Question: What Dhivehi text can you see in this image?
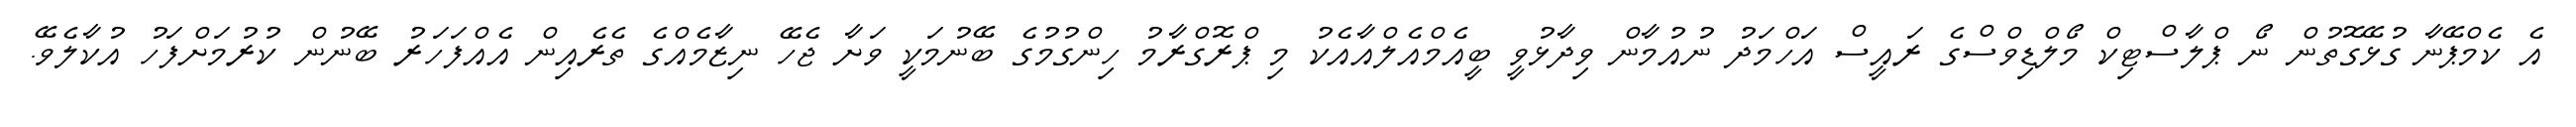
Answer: އެ ކެމްޕޭނާ ގުޅޭގޮތުން ނޯ ޕްލާސްޓިކް މޯލްޑިވްސްގެ ރައީސް އަހްމަދު ނުއުމާން ވިދާޅުވީ ބީއެމްއެލްއާއެކު މި ޕްރޮގްރާމު ހިންގުމުގެ ބޭނުމަކީ ވަށާ ޖެހޭ ނިޒާމެއްގެ ތެރެއިން އެއްފަހަރު ބޭނުން ކުރުމަށްފަހު އުކާލެވޭ.